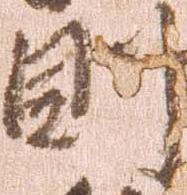
則